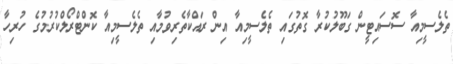
ތެލެސީމިއާ ސޮސައިޓީން ގަބޫލުކުރާ ގޮތުގައި ތެލެސީމިއާ އިން ރައްކާތެރިވުމާއި ތެލެސީމިއާ ކޮންޓްރޯލްކުރުމުގެ ހުރިހާ